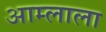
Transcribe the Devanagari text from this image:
आम्लाला